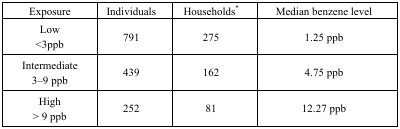
<table><thead><tr><td><b>Exposure</b></td><td><b>Individuals</b></td><td><b>Households*</b></td><td><b>Median benzene level</b></td></tr></thead><tbody><tr><td>Low &lt;3ppb</td><td>791</td><td>275</td><td>1.25 ppb</td></tr><tr><td>Intermediate 3–9 ppb</td><td>439</td><td>162</td><td>4.75 ppb</td></tr><tr><td>High &gt; 9 ppb</td><td>252</td><td>81</td><td>12.27 ppb</td></tr></tbody></table>